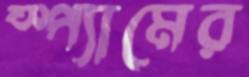
স্প্যামের